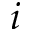
i